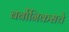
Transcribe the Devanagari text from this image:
बर्बोनिकसचे